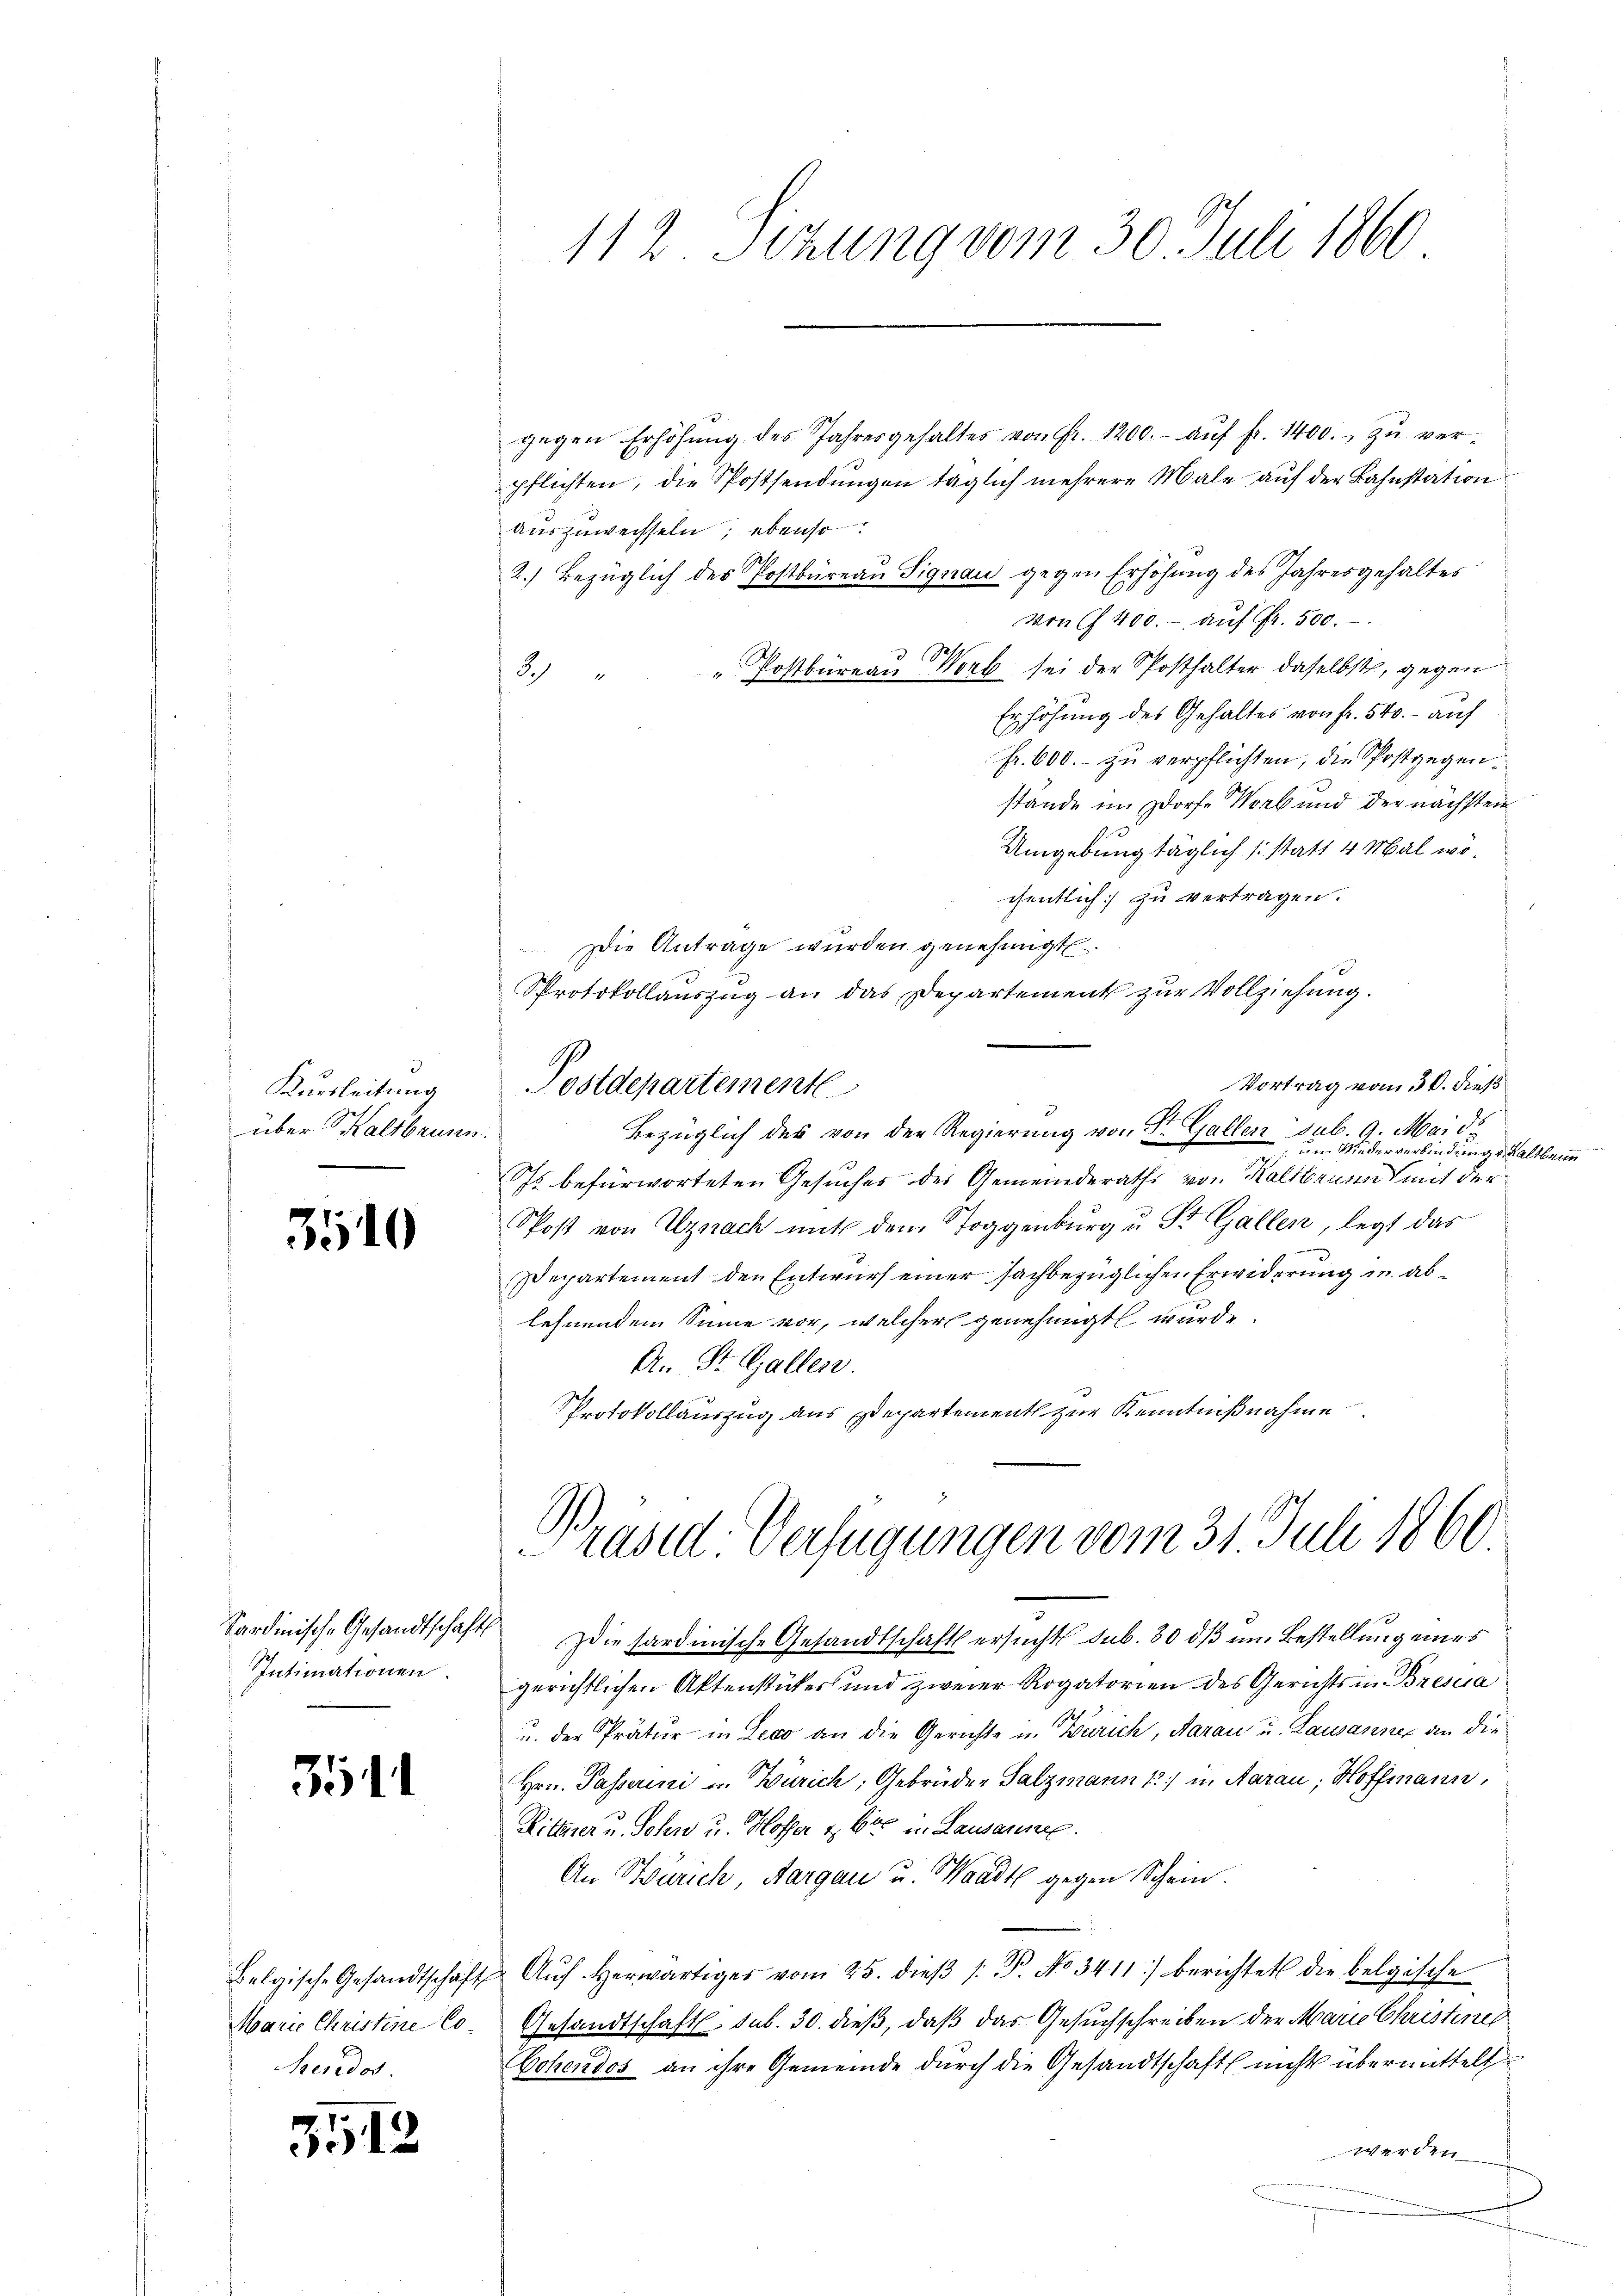
Kursleitung
über Kaltbrunn

3540

Intimationen.

3511

Marie Christine Co¬
Benedor

5512

112. Sitzung vom 30. Juli 1860

gegen Erhöhŭng des Jahresgehaltes von fr. 1200.- aŭf fr. 1400.- zŭ ver-
pflichten, die Postsendungen täglich mehrere Male auf der Bahnstation
Auszuweisseln; ebenso
2.) Bezüglich des Postbüreau Signau gegen Erhöhung des Jahresgehaltes
von I 400.- aŭf Fr. 500.
30
3. " " Postbüreaŭ Worb sei der Posthalter daselbst, gegen
Erhöhung des Gehaltes von Fr. 540. - auf
Fr. 600.- zu verpflichten, die Postgegenstände im Dorfe Worb und der nächsten
Umgebung täglich /: statt 4 Mal wöesentlich zu vertragen.
 Die Anträge wurden genehmigt.
Protokollauszug an das Departement zur Vollziehung.
Vortrag vom 30. dieß
Postdepartementl
Bezüglich des von den Regierung von St. Gallen sub. 9. Mai d.
 Wiederverbindung Kaltbrun
Is befürworteten Gesuches des Gemeinderaths von Kaltbrannt mit der
Post von Uznach mit dem Toggenburg u St. Gallen, legt das
Departement den Entwurf einer sachbezüglichen Erwiderrung in ablehnendem Sinne vor, welcher genehmigt wurde.
An St. Gallen.
Protokollauszug aus Departement zur Kenntnißnahme
Brasid: Verfügungen vom 31. Juli 1860.
Sardinische Gesandtschaft die sardinische Gesandtschafts ersucht sub. 30 dß im Bestellung eines
gerichtlichen Aktenstücker und zweier Rogatorien des Gerichts in Bresia
u. der Prätur in Leco an die Gerichte in Zürich, Aarau u. Lausanner an die
Hrn. Passerini u. Zürich, Gebrüder Salzmann 12) in Aarau, Hoffmann,
Ritterer u. Schen u. Hoffer & Cie in Lausammen.
An Stürich, Aargau u. Waadt gegen Schein.
Belgische Gesandtschaft Aŭf herwärtiges vom 25. dieβ /: P. No 3411) berichtet die belgische
Gesandtschaft. sub. 30. dieß, daß das Gesuchschreiben der Marie Christiner
Cohendos an ihre Gemeinde durch die Gesandtschaft nicht übermittelt
werden.